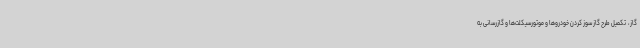
گاز، ‌ تکمیل طرح گاز سوز کردن خودروها و موتورسیکلت‌ها و گازرسانی به